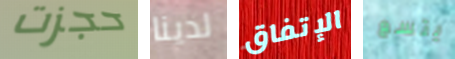
حجزت لدينا الإتفاق يتسع